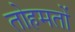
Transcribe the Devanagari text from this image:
तोहमतों